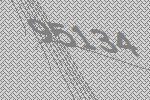
95134